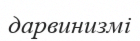
дарвинизмі